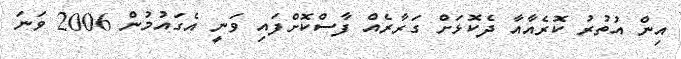
އިން އުތުރު ކޮރެއާއާ ދެކޮޅަށް ގަރާރެއް ފާސްކޮށްފައި ވަނީ އެގައުމުން 2006 ވަނަ